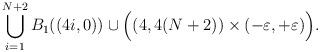
LaTeX: \begin{align*}\bigcup_{i=1}^{N+2} B_1((4i, 0)) \cup \Big((4, 4(N+2))\times(-\varepsilon, +\varepsilon)\Big).\end{align*}